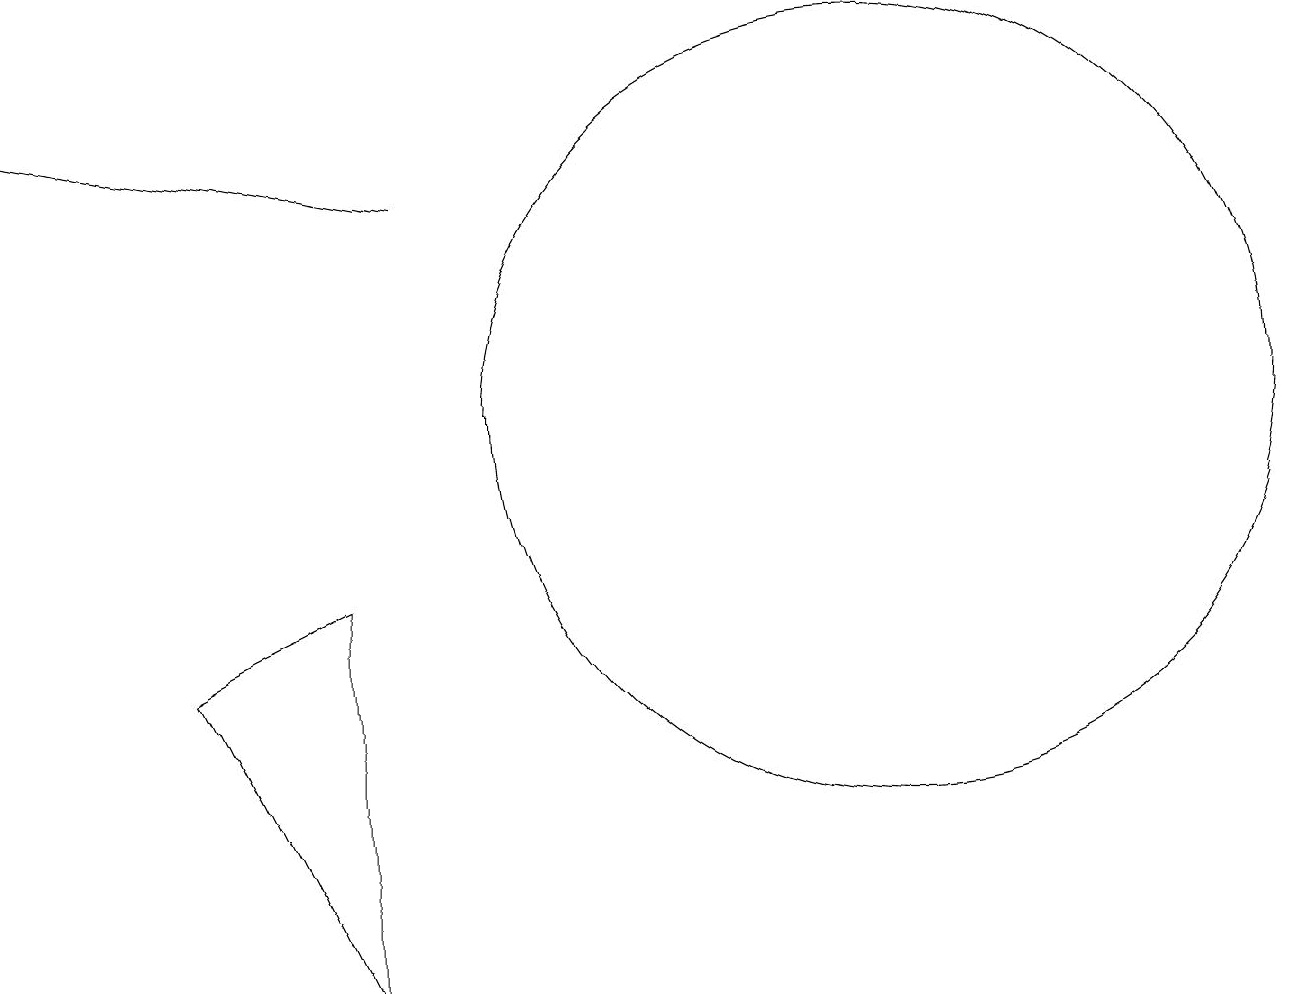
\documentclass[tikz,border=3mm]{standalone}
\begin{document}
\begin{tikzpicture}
\draw (2,8) -- (4,9) -- (4,4) -- cycle;
\draw (11,11) circle (5);
\draw[->] (5,14) -- (0,15);
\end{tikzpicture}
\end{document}